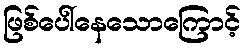
ဖြစ်ပေါ်နေသောကြောင့်